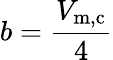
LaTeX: b={\frac{V_{\mathrm{m,c}}}{4}}